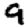
Digit: 9